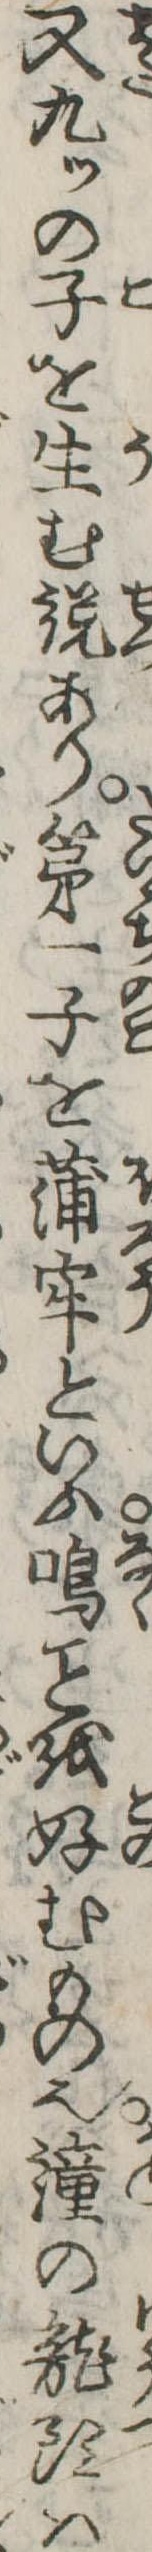
又九ッの子を生む説あり第一子を蒲牢といふ鳴を好むもの也鐘の竜頭は